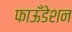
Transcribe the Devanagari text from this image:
फाऊँडेशन